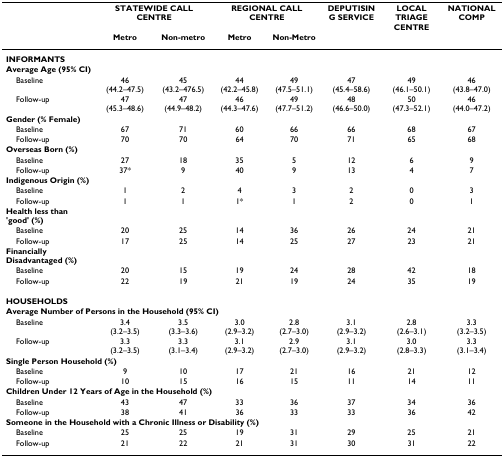
<table><thead><tr><td></td><td colspan="2"><b>STATEWIDE CALL CENTRE</b></td><td colspan="2"><b>REGIONAL CALL CENTRE</b></td><td><b>DEPUTISING SERVICE</b></td><td><b>LOCAL TRIAGE CENTRE</b></td><td><b>NATIONAL COMP</b></td></tr><tr><td></td><td><b>Metro</b></td><td><b>Non-metro</b></td><td><b>Metro</b></td><td><b>Non-Metro</b></td><td></td><td></td><td></td></tr></thead><tbody><tr><td><b>INFORMANTS</b></td><td></td><td></td><td></td><td></td><td></td><td></td><td></td></tr><tr><td><b>Average Age (95% CI)</b></td><td></td><td></td><td></td><td></td><td></td><td></td><td></td></tr><tr><td> Baseline</td><td>46 (44.2–47.5)</td><td>45 (43.2–476.5)</td><td>44 (42.2–45.8)</td><td>49 (47.5–51.1)</td><td>47 (45.4–58.6)</td><td>49 (46.1–50.1)</td><td>46 (43.8–47.0)</td></tr><tr><td> Follow-up</td><td>47 (45.3–48.6)</td><td>47 (44.9–48.2)</td><td>46 (44.3–47.6)</td><td>49 (47.7–51.2)</td><td>48 (46.6–50.0)</td><td>50 (47.3–52.1)</td><td>46 (44.0–47.2)</td></tr><tr><td><b>Gender (% Female)</b></td><td></td><td></td><td></td><td></td><td></td><td></td><td></td></tr><tr><td> Baseline</td><td>67</td><td>71</td><td>60</td><td>66</td><td>66</td><td>68</td><td>67</td></tr><tr><td> Follow-up</td><td>70</td><td>70</td><td>64</td><td>70</td><td>71</td><td>65</td><td>68</td></tr><tr><td><b>Overseas Born (%)</b></td><td></td><td></td><td></td><td></td><td></td><td></td><td></td></tr><tr><td> Baseline</td><td>27</td><td>18</td><td>35</td><td>5</td><td>12</td><td>6</td><td>9</td></tr><tr><td> Follow-up</td><td>37*</td><td>9</td><td>40</td><td>9</td><td>13</td><td>4</td><td>7</td></tr><tr><td><b>Indigenous Origin (%)</b></td><td></td><td></td><td></td><td></td><td></td><td></td><td></td></tr><tr><td> Baseline</td><td>1</td><td>2</td><td>4</td><td>3</td><td>2</td><td>0</td><td>3</td></tr><tr><td> Follow-up</td><td>1</td><td>1</td><td>1*</td><td>1</td><td>2</td><td>0</td><td>1</td></tr><tr><td><b>Health less than &#x27;good&#x27; (%)</b></td><td></td><td></td><td></td><td></td><td></td><td></td><td></td></tr><tr><td> Baseline</td><td>20</td><td>25</td><td>14</td><td>36</td><td>26</td><td>24</td><td>21</td></tr><tr><td> Follow-up</td><td>17</td><td>25</td><td>14</td><td>25</td><td>27</td><td>23</td><td>21</td></tr><tr><td><b>Financially Disadvantaged (%)</b></td><td></td><td></td><td></td><td></td><td></td><td></td><td></td></tr><tr><td> Baseline</td><td>20</td><td>15</td><td>19</td><td>24</td><td>28</td><td>42</td><td>18</td></tr><tr><td> Follow-up</td><td>22</td><td>19</td><td>21</td><td>19</td><td>24</td><td>35</td><td>19</td></tr><tr><td><b>HOUSEHOLDS</b></td><td></td><td></td><td></td><td></td><td></td><td></td><td></td></tr><tr><td colspan="8"><b>Average Number of Persons in the Household (95% CI)</b></td></tr><tr><td> Baseline</td><td>3.4 (3.2–3.5)</td><td>3.5 (3.3–3.6)</td><td>3.0 (2.9–3.2)</td><td>2.8 (2.7–3.0)</td><td>3.1 (2.9–3.2)</td><td>2.8 (2.6–3.1)</td><td>3.3 (3.2–3.5)</td></tr><tr><td> Follow-up</td><td>3.3 (3.2–3.5)</td><td>3.3 (3.1–3.4)</td><td>3.1 (2.9–3.2)</td><td>2.9 (2.7–3.0)</td><td>3.1 (2.9–3.2)</td><td>3.0 (2.8–3.3)</td><td>3.3 (3.1–3.4)</td></tr><tr><td colspan="8"><b>Single Person Household (%)</b></td></tr><tr><td> Baseline</td><td>9</td><td>10</td><td>17</td><td>21</td><td>16</td><td>21</td><td>12</td></tr><tr><td> Follow-up</td><td>10</td><td>15</td><td>16</td><td>15</td><td>11</td><td>14</td><td>11</td></tr><tr><td colspan="8"><b>Children Under 12 Years of Age in the Household (%)</b></td></tr><tr><td> Baseline</td><td>43</td><td>47</td><td>33</td><td>36</td><td>37</td><td>34</td><td>36</td></tr><tr><td> Follow-up</td><td>38</td><td>41</td><td>36</td><td>33</td><td>33</td><td>36</td><td>42</td></tr><tr><td colspan="8"><b>Someone in the Household with a Chronic Illness or Disability (%)</b></td></tr><tr><td> Baseline</td><td>25</td><td>25</td><td>19</td><td>31</td><td>29</td><td>25</td><td>21</td></tr><tr><td> Follow-up</td><td>21</td><td>22</td><td>21</td><td>31</td><td>30</td><td>31</td><td>22</td></tr></tbody></table>